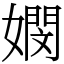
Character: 𡢄